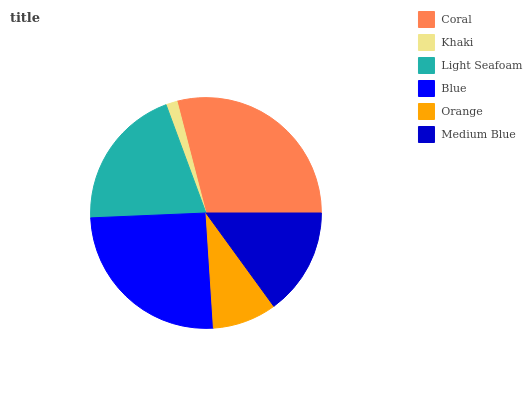
| Coral | Khaki | Light Seafoam | Blue | Orange | Medium Blue |
 | --- | --- | --- | --- | --- | --- |
 | 29% | 1.59% | 20.1% | 25.3% | 8.99% | 15% |